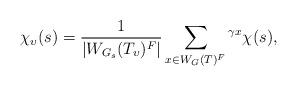
LaTeX: \begin{align*} \chi_\upsilon(s) = \frac{1}{|W_{G_s}(T_\upsilon)^F|} \sum_{x\in W_G(T)^F} {}^{\gamma x}\chi(s),\end{align*}